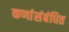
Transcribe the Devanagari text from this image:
कणांंसंबंधित